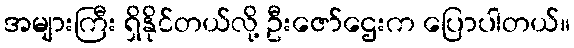
အများကြီး ရှိနိုင်တယ်လို့ ဦးဇော်ဌေးက ပြောပါတယ်။